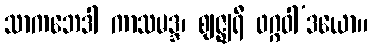
သာကဘေဒါ ကာသမဒ္ဒ၊ ဈဇ္ဈရီ ဖဂ္ဂဝါ’ဒယော။